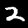
Digit: 2